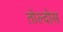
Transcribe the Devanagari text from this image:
तोल्दोस